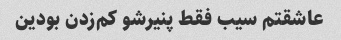
عاشقتم سیب فقط پنیرشو کم‌زدن بودین